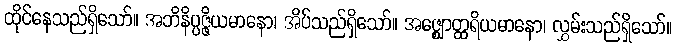
ထိုင်နေသည်ရှိသော်။ အဘိနိပ္ပဇ္ဇိယမာနော၊ အိပ်သည်ရှိသော်။ အဇ္ဈောတ္ထရိယမာနော၊ လွှမ်းသည်ရှိသော်။